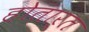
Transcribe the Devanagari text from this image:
होतार्त